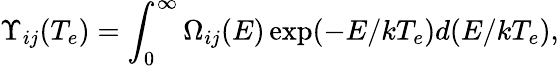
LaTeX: \Upsilon_{ij}(T_{e})=\int_{0}^{\infty}\Omega_{ij}(E)\exp(-E/kT_{e})d(E/kT_{e}),